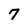
Character: 7